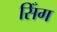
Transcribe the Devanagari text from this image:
सिँग